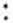
: